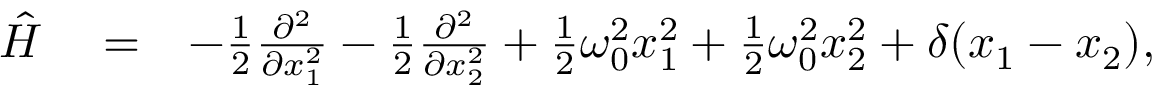
\begin{array} { r l r } { \hat { H } } & { { } = } & { - \frac { 1 } { 2 } \frac { \partial ^ { 2 } } { \partial x _ { 1 } ^ { 2 } } - \frac { 1 } { 2 } \frac { \partial ^ { 2 } } { \partial x _ { 2 } ^ { 2 } } + \frac { 1 } { 2 } \omega _ { 0 } ^ { 2 } x _ { 1 } ^ { 2 } + \frac { 1 } { 2 } \omega _ { 0 } ^ { 2 } x _ { 2 } ^ { 2 } + \delta ( x _ { 1 } - x _ { 2 } ) , \; \; \; \; \; \; \; } \end{array}